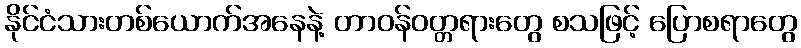
နိုင်ငံသားတစ်ယောက်အနေနဲ့ တာဝန်ဝတ္တရားတွေ စသဖြင့် ပြောစရာတွေ